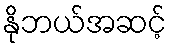
နိုဘယ်အဆင့်